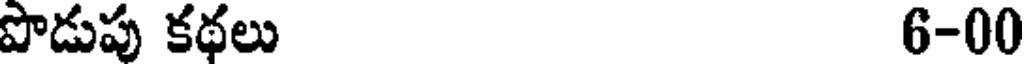
పొడుపు కథలు 6-00